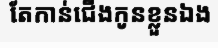
តែកាន់ជើងកូនខ្លួនឯង